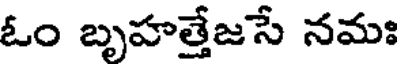
ఓం బృహత్తేజసే నమః